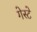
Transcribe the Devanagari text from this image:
गेस्टे